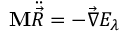
\mathbf { M } \ddot { \vec { R } } = - \vec { \nabla } E _ { \lambda }